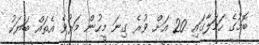
ބޮމުގެ ހަމަލާގައި 20 އަށް ވުރެ ގިނަ މީހުން މަރުވެ އެތައް ބަޔަކު